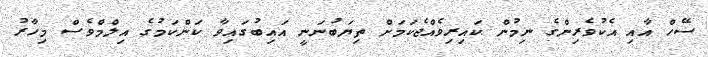
ސޭހް އާއި އެކުވެރިންގެ ނިމުން ކައިރިވެއްޖެކަމަށް ތިޔަބުނަނީ އައިބުގައިވާ ކަންކަމުގެ އިލްމްވެސް މިހާރު